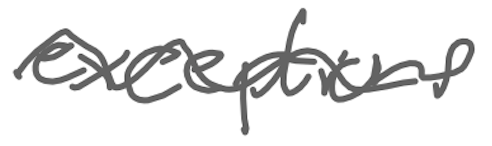
Text: exceptions
Cross-out: wave
Writing tool: digital_gray